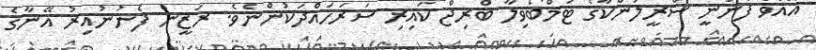
އޮއްވާ ފެނުނީ ސްރީލަންކާގެ ޓަމްބޯވިލާ ބްރިޖް ކައިރި ސަރަހައްދަކުންނެވެ. ރަޒީން ފެނުނުއިރު އޭނާގެ